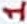
Text: 1